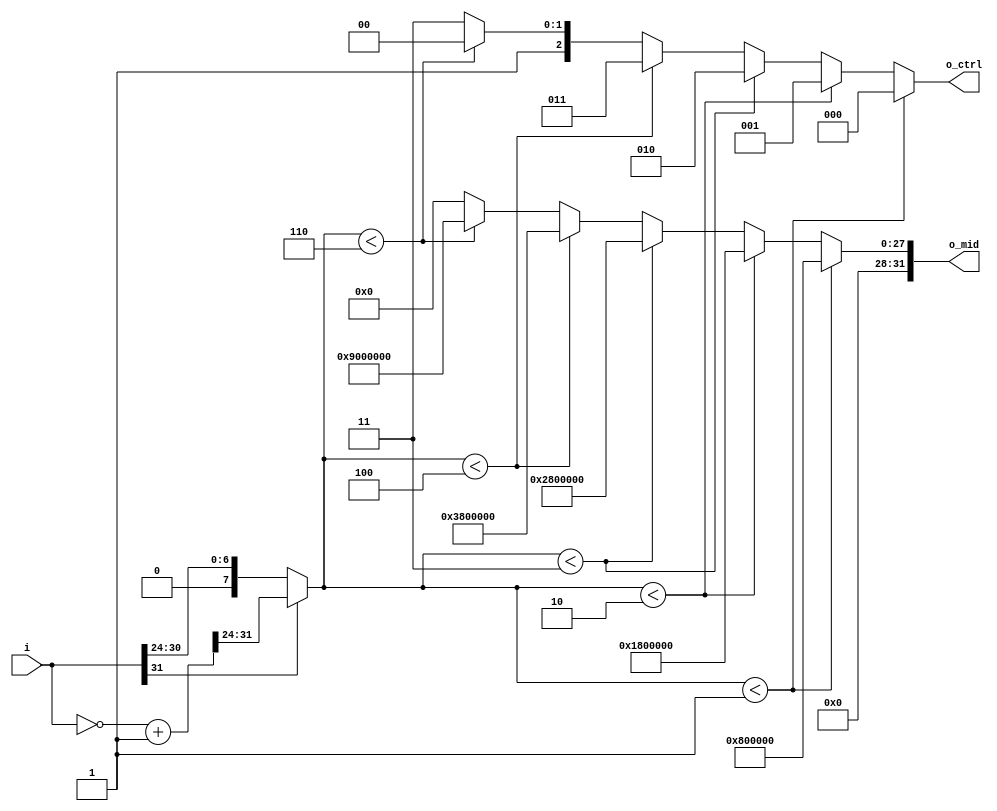
////////////////////////////////////////////////////////////////////////////////
//
// By : Joshua, Teresia Savera, Yashael Faith
// 
// Module Name      : Segmentation Module
// Version          : 1.0
// Description      : Based on input segmentation, gives control signal and
//                    middle level
//
////////////////////////////////////////////////////////////////////////////////

module segmentation (i, o_ctrl, o_mid);

// parameters
parameter WIDTH = 32;

// input ports
input [WIDTH-1:0] i;

// output ports
output [2:0] o_ctrl;
output [WIDTH-1:0] o_mid;

// wires
wire [7:0] pos;
wire [WIDTH-1:0] twos_com;

// registers
reg [2:0] reg_ctrl;
reg [WIDTH-1:0] reg_mid;

// Taking the always positive value of i by:
assign twos_com = ~i + 1; // 2's complement value of i
assign pos = i[WIDTH-1] ? twos_com[31:24] : i[31:24]; // choosing positive value

// Gives output based on pos value
always@(pos)
begin
	if (pos<8'd1)
	begin
		reg_ctrl <= 3'b000;
//      reg_mid  <= 32'b0000_0000_0000_0000_0000_0000_0000_0000; // Centre = 0
		reg_mid  <= 32'b0000_0000_1000_0000_0000_0000_0000_0000; // Centre = 0,5
	end
	else if (pos<8'd2)
	begin
		reg_ctrl <= 3'b001;
		reg_mid  <= 32'b0000_0001_1000_0000_0000_0000_0000_0000; // Centre = 1,5
	end
	else if (pos<8'd3)
	begin
		reg_ctrl <= 3'b010;
		reg_mid  <= 32'b0000_0010_1000_0000_0000_0000_0000_0000; // Centre = 2,5
	end
	else if (pos<8'd4)
	begin
		reg_ctrl <= 3'b011;
		reg_mid  <= 32'b0000_0011_1000_0000_0000_0000_0000_0000; // Centre = 3,5
	end
	else if (pos<8'd6)
	begin
		reg_ctrl <= 3'b100;
		reg_mid  <= 32'b0000_1001_0000_0000_0000_0000_0000_0000; // Centre = 5
	end
	else begin
		reg_ctrl <= 3'b111;
		reg_mid  <= 32'b0000_0000_0000_0000_0000_0000_0000_0000;
	end
end

assign o_ctrl = reg_ctrl;
assign o_mid  = reg_mid;

endmodule